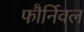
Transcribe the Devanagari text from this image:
फौर्निवल